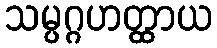
သမ္ပဂ္ဂဟတ္ထာယ